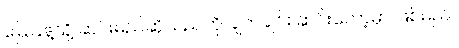
မြေပြန့်သို့ ဆင်းမည်ဆိုသည်ကို ချက်ချင်း ဆင်းတော့မှာ ဖြစ်မည်။